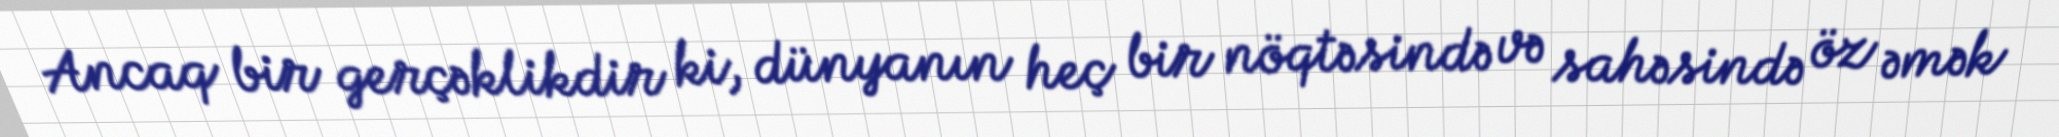
Ancaq bir gerçəklikdir ki, dünyanın heç bir nöqtəsində və sahəsində öz əmək